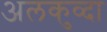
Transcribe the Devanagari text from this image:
अलकुव्दा